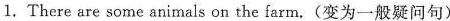
1.There are some animals on the farm.(变为一般疑问句)